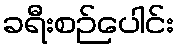
ခရီးစဉ်ပေါင်း